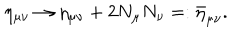
LaTeX: \eta _ { \mu \nu } \rightarrow \eta _ { \mu \nu } + 2 N _ { \mu } N _ { \nu } = : \bar { \eta } _ { \mu \nu } .